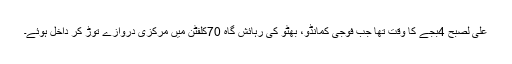
علیٰ لصبح 4بجے کا وقت تھا جب فوجی کمانڈو، بھٹو کی رہائش گاہ 70کلفٹن میں مرکزی دروازے توڑ کر داخل ہوئے۔